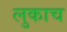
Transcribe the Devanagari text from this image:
लुकाच